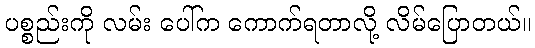
ပစ္စည်းကို လမ်း ပေါ်က ကောက်ရတာလို့ လိမ်ပြောတယ်။